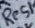
Text: Res1